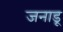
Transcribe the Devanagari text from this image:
जनाडू